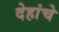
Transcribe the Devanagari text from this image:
देहांचे